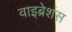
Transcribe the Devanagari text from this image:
वाइब्रेशंस